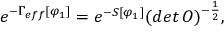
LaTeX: e ^ { - \Gamma _ { e f f } [ \varphi _ { 1 } ] } = e ^ { - S [ \varphi _ { 1 } ] } ( d e t \, O ) ^ { - \frac { 1 } { 2 } } ,